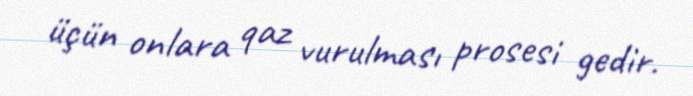
üçün onlara qaz vurulması prosesi gedir.